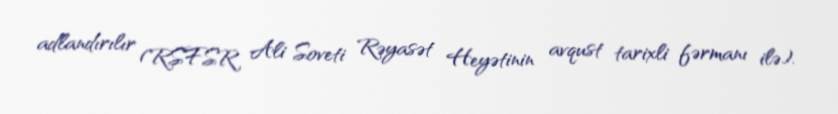
adlandırılır (RSFSR Ali Soveti Rəyasət Heyətinin avqust tarixli fərmanı ilə).